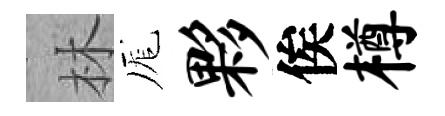
林厖夥俟樽